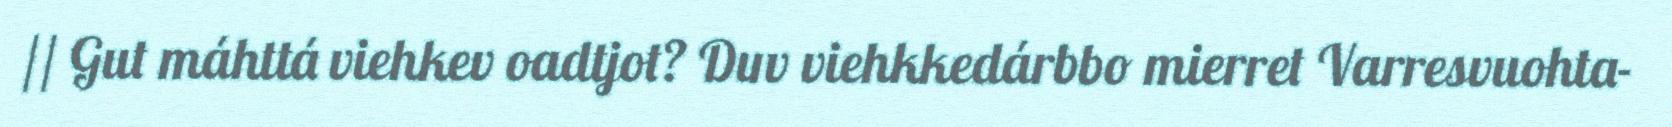
// Gut máhttá viehkev oadtjot? Duv viehkkedárbbo mierret Varresvuohta-